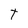
Character: T